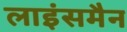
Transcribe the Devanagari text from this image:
लाइंसमैन